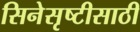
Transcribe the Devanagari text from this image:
सिनेसृष्टीसाठी